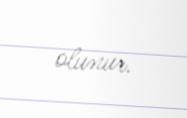
olunur.